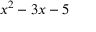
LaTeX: x ^ { 2 } - 3 x - 5